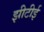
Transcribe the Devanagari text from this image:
झीटीई